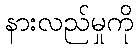
နားလည်မှုကို